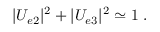
| U _ { e 2 } | ^ { 2 } + | U _ { e 3 } | ^ { 2 } \simeq 1 \; .